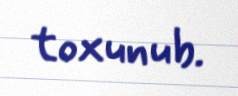
toxunub.